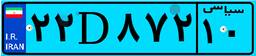
۲۲D۸۷۲۱۰